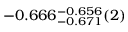
- 0 . 6 6 6 _ { - 0 . 6 7 1 } ^ { - 0 . 6 5 6 } ( 2 )